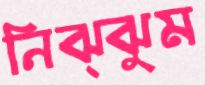
নিঝ্ঝুম